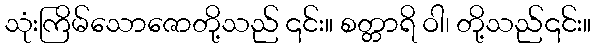
သုံးကြိမ်သောဇောတို့သည် ၎င်း။ စတ္တာရိ ဝါ၊ တို့သည်၎င်း။